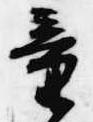
童